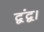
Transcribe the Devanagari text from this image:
द्वंद्व।